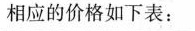
相应的价格如下表：